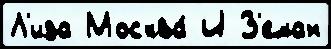
Л'иза Москва́ И З'еман